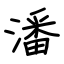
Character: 潘